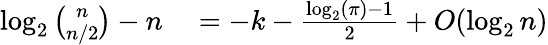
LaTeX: \begin{array}{rl}{\log_{2}{\binom{n}{n/2}}-n}&{{}=-k-{\frac{\log_{2}(\pi)-1}{2}}+O(\log_{2}n)}\end{array}